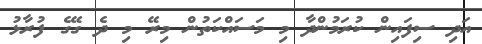
އަދި ސިފައިން ކުރަމުންދާ މި މަސައްކަތުން މިރޭ މި ދެ ގޭގެ ފުރާޅު